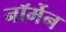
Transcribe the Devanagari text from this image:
नॉर्मेन